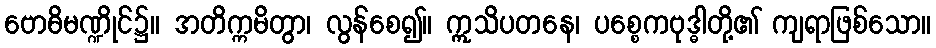
ဗောဓိမဏ္ဍိုင်၌။ အတိက္ကမိတွာ၊ လွန်စေ၍။ ဣသိပတနေ၊ ပစ္စေကဗုဒ္ဓါတို့၏ ကျရာဖြစ်သော။